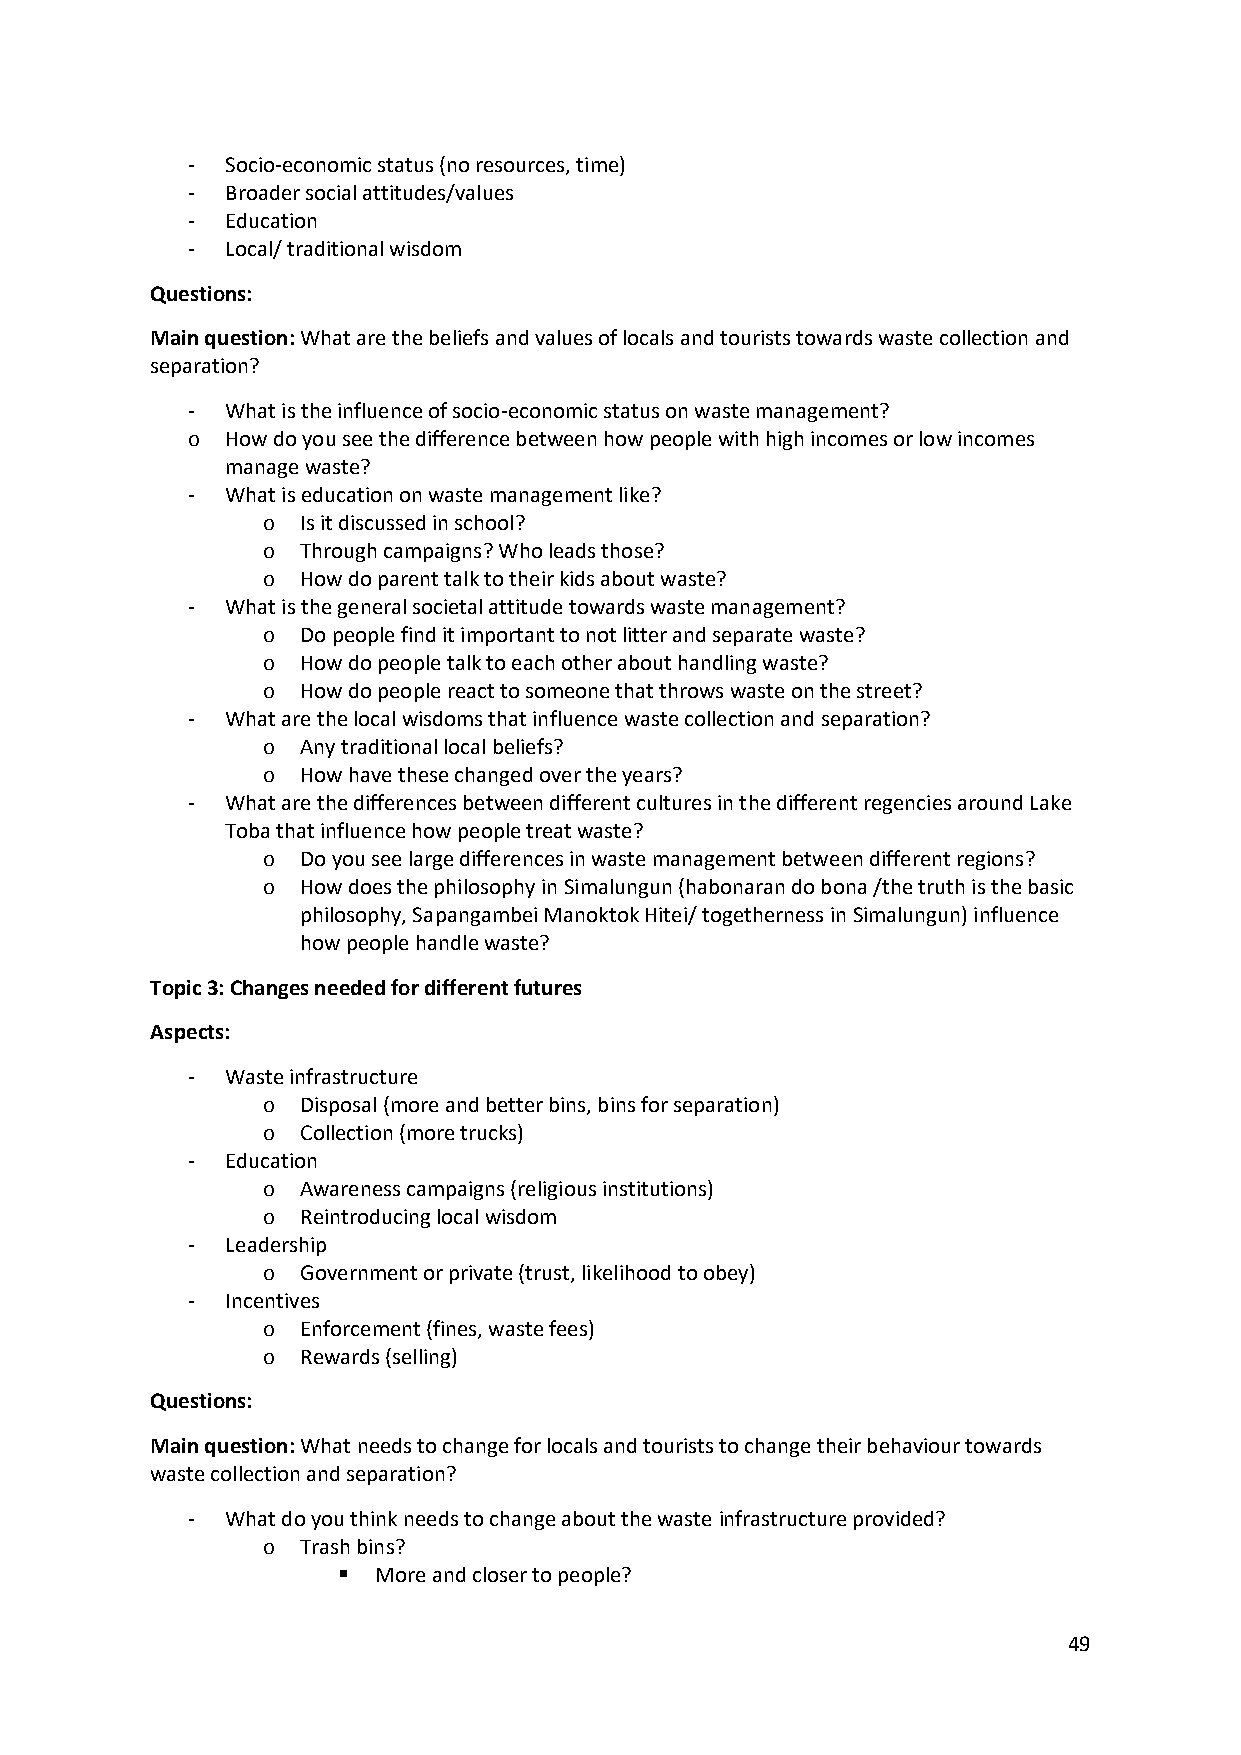
-  Socio-economic status (no resources, time)
 -  Broader social attitudes/values
 -  Education
 -  Local/ traditional wisdom
 Questions:
 Main question: What are the beliefs and values of locals and tourists towards waste collection and
 separation?
 -  What is the influence of socio-economic status on waste management?
 o  How do you see the difference between how people with high incomes or low incomes
 manage waste?
 -  What is education on waste management like?
 o  Is it discussed in school?
 o  Through campaigns? Who leads those?
 o  How do parent talk to their kids about waste?
 -  What is the general societal attitude towards waste management?
 o  Do people find it important to not litter and separate waste?
 o  How do people talk to each other about handling waste?
 o  How do people react to someone that throws waste on the street?
 -  What are the local wisdoms that influence waste collection and separation?
 o  Any traditional local beliefs?
 o  How have these changed over the years?
 -  What are the differences between different cultures in the different regencies around Lake
 Toba that influence how people treat waste?
 o  Do you see large differences in waste management between different regions?
 o  How does the philosophy in Simalungun (habonaran do bona /the truth is the basic
 philosophy, Sapangambei Manoktok Hitei/ togetherness in Simalungun) influence
 how people handle waste?
 Topic 3: Changes needed for different futures
 Aspects:
 -  Waste infrastructure
 o  Disposal (more and better bins, bins for separation)
 o  Collection (more trucks)
 -  Education
 o  Awareness campaigns (religious institutions)
 o  Reintroducing local wisdom
 -  Leadership
 o  Government or private (trust, likelihood to obey)
 -  Incentives
 o  Enforcement (fines, waste fees)
 o  Rewards (selling)
 Questions:
 Main question: What needs to change for locals and tourists to change their behaviour towards
 waste collection and separation?
 -  What do you think needs to change about the waste infrastructure provided?
 o  Trash bins?
 ▪  More and closer to people?
 49